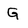
Character: G